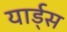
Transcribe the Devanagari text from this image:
यार्ड्‌स